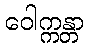
ဝေါက္ကန္တာ